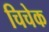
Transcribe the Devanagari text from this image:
चिचेक